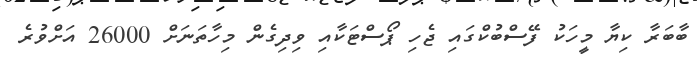
ބާބަރާ ކިޔާ މީހަކު ފޭސްބުކްގައި ޖެހި ޕޯސްޓަކާއި ވިދިގެން މިހާތަނަށް 26000 އަށްވުރެ